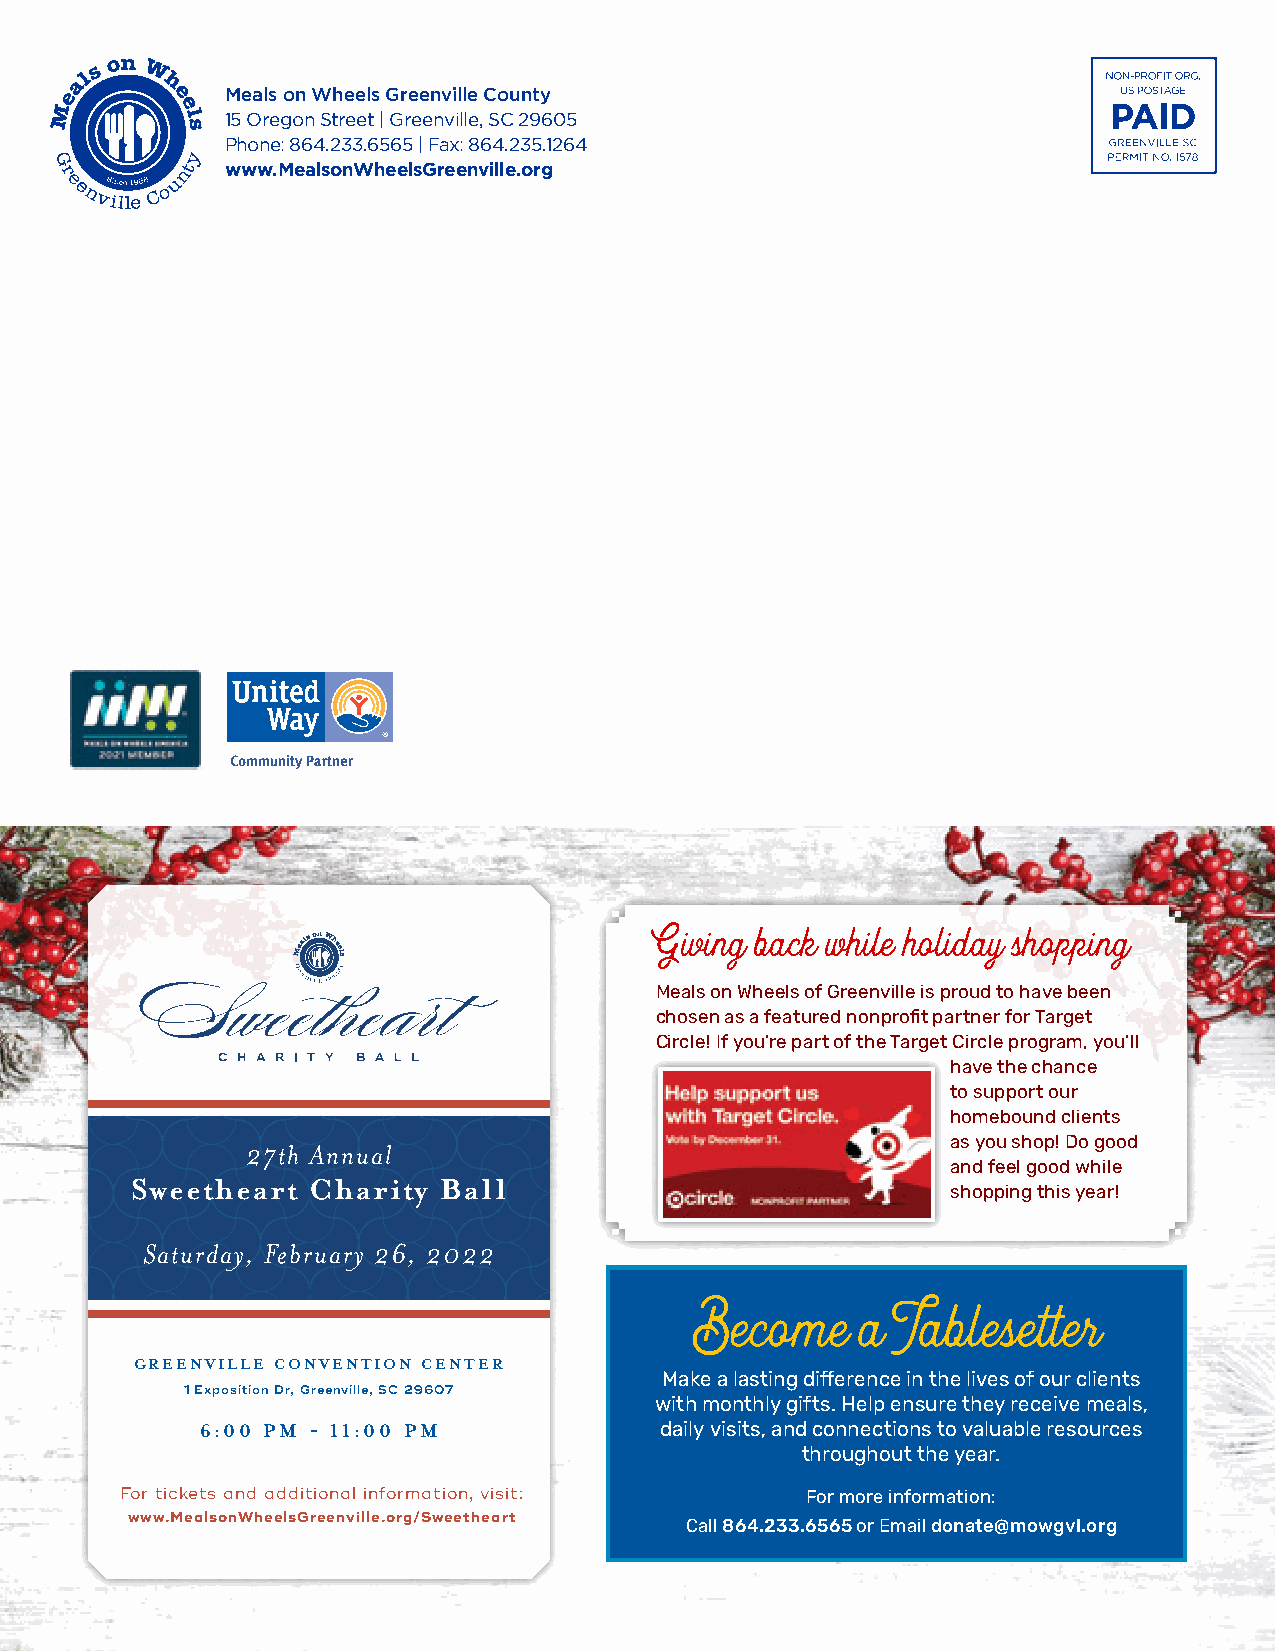
Meals on Wheels Greenville County
 15 Oregon Street | Greenville, SC 29605
 Phone: 864.233.6565 | Fax: 864.235.1264
 www.MealsonWheelsGreenville.org
 Giving back while holiday shopping
 Meals on Wheels of Greenville is proud to have been
 chosen as a featured nonprofit partner for Target
 Circle! If you’re part of the Target Circle program, you’ll
 have the chance
 to support our
 homebound clients
 27th Annual                                    as you shop! Do good
 and feel good while
 Sweetheart Charity  Ball
 shopping this year!
 Saturday, February 26, 2022
 Saturday, February 26, 2022
 Become     a Tablesetter
 GREENVILLE CONVENTION CENTER
 Make a lasting difference in the lives of our clients
 1 Exposition Dr, Greenville, SC 29607
 with monthly gifts. Help ensure they receive meals,
 6:00 PM - 11:00 PM             daily visits, and connections to valuable resources
 throughout the year.
 For tickets and additional information, visit: For more information:
 www.MealsonWheelsGreenville.org/Sweetheart
 Call 864.233.6565 or Email donate@mowgvl.org